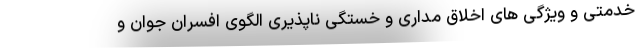
خدمتی و ویژگی های اخلاق مداری و خستگی ناپذیری الگوی افسران جوان و